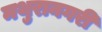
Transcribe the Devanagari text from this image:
मथुरानगरी